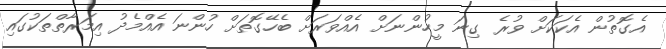
އެގޮތުން އެކަކަށް ވުރެ ގިނަ މީހުންނަށް އެއްވަރަށް ބެހޭގޮތަށް ހުންނަ އެއްމެދު އިމަރާތްތަކުގައި